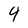
Character: 9